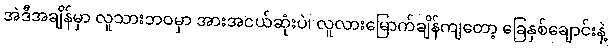
အဲဒီအချိန်မှာ လူသားဘဝမှာ အားအငယ်ဆုံးပဲ၊ လူလားမြောက်ချိန်ကျတော့ ခြေနှစ်ချောင်းနဲ့